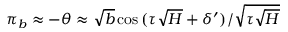
\pi _ { b } \approx - \theta \approx \sqrt { b } \cos { ( \tau \sqrt { H } + \delta ^ { \prime } ) } / \sqrt { \tau \sqrt { H } }